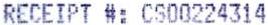
RECEIPT #: CS00224314